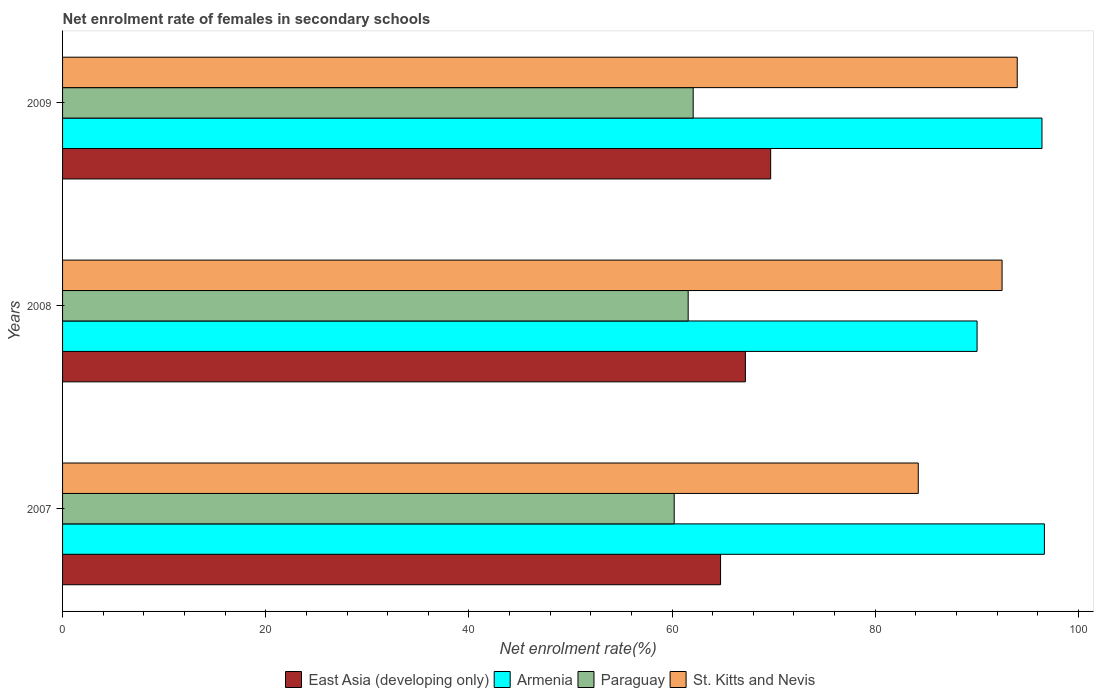
| Years | East Asia (developing only) | Armenia | Paraguay | St. Kitts and Nevis |
 | --- | --- | --- | --- | --- |
 | 2007 | 64.8 | 96.7 | 60.2 | 84.2 |
 | 2008 | 67.2 | 90 | 61.6 | 92.5 |
 | 2009 | 69.7 | 96.4 | 62.1 | 94 |